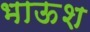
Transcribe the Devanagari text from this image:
भाऊश